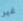
غير